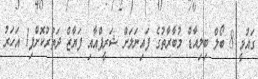
ގައުމީ 8 ބޯލް ބިލިއާޑް މުބާރާތުގެ ފައިނަލަށް ޝަރީފްއާއި ފަޔާޒް ދަތުރުކޮށްފި1 އަހަރު